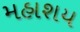
મહાશય